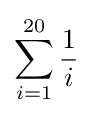
\sum _{i=1}^{20}{\frac {1}{i}}